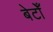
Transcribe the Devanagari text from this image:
बेटोँ